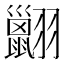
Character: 𦒩